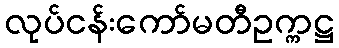
လုပ်ငန်းကော်မတီဥက္ကဋ္ဌ